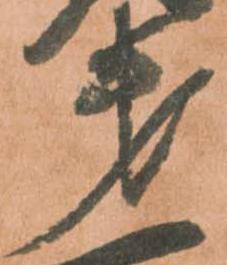
第